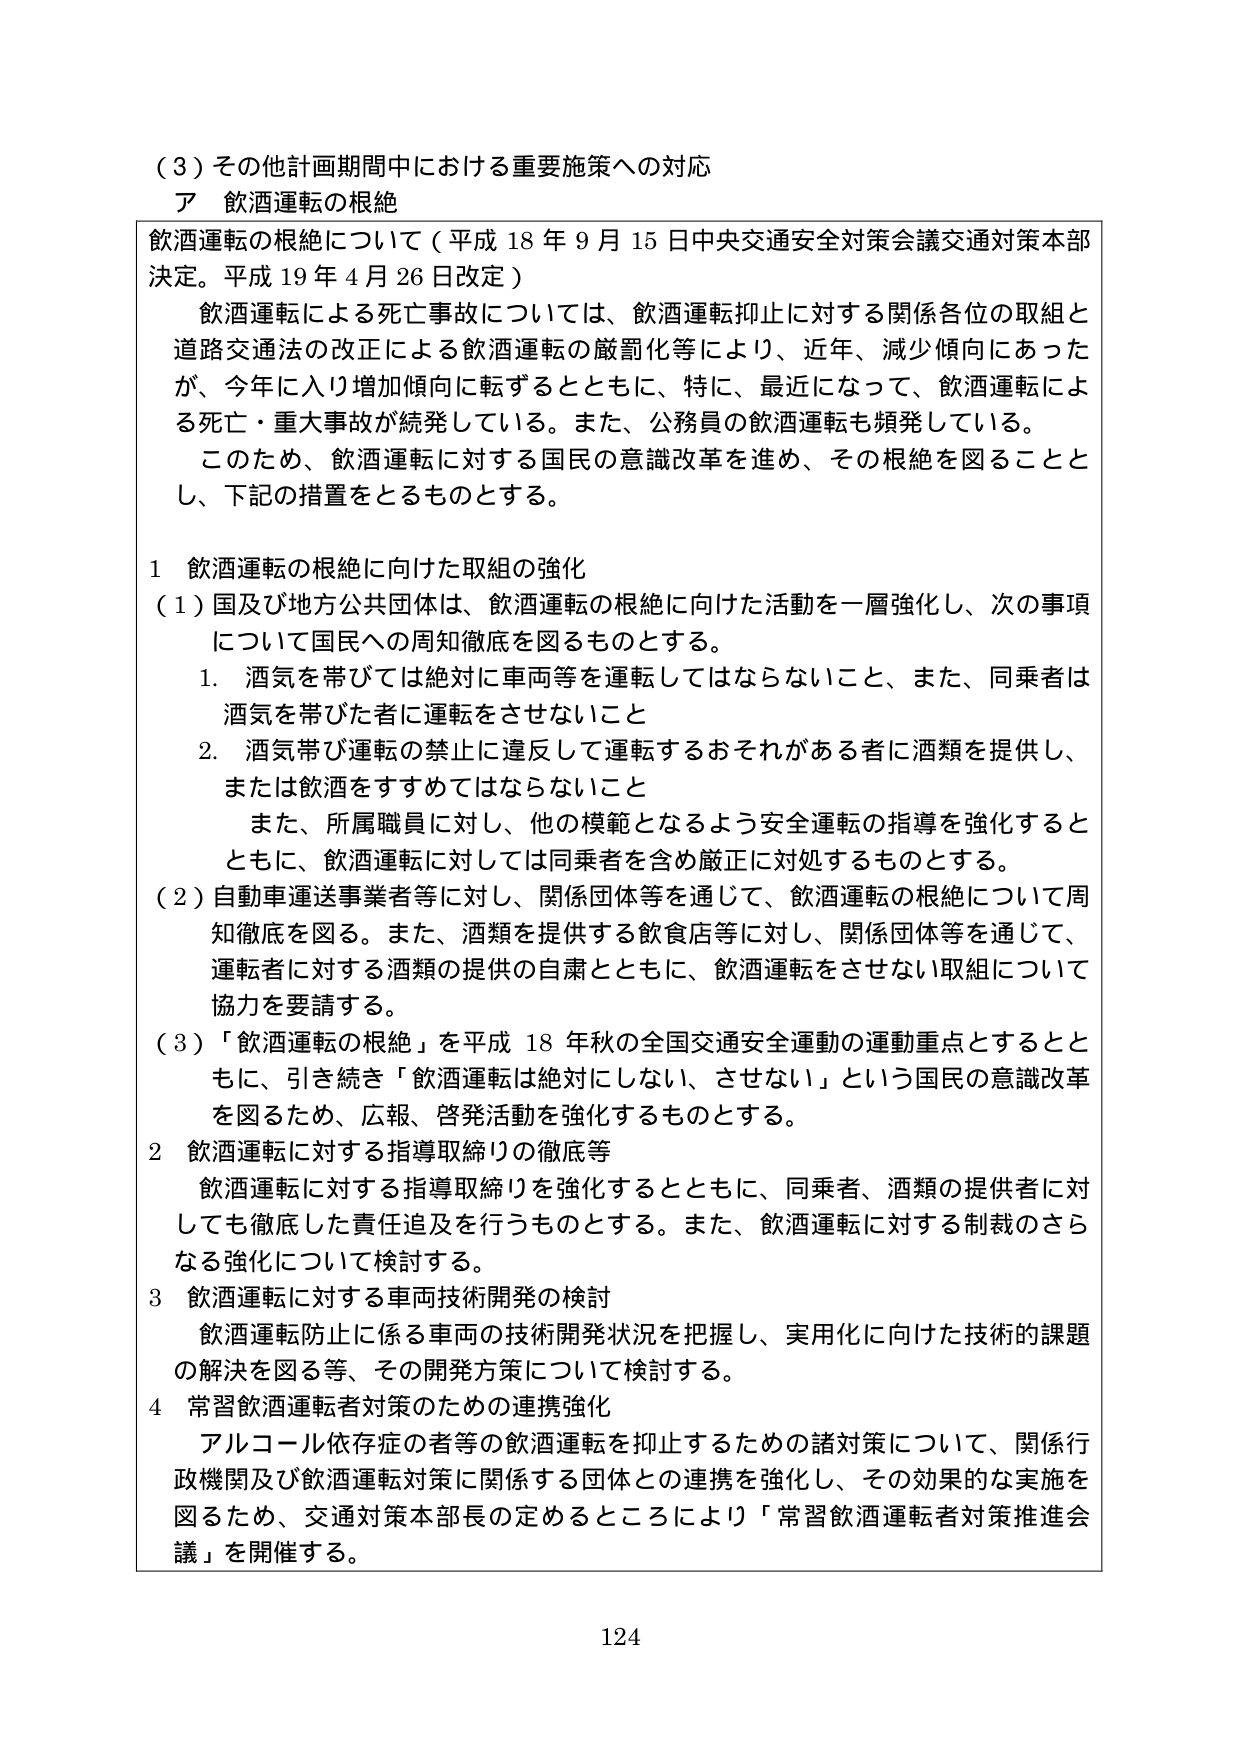
（３）その他計画期間中における重要施策への対応
ア 飲酒運転の根絶

飲酒運転の根絶について（平成18年9月15日中央交通安全対策会議交通対策本部決定。平成19年4月26日改定）

　飲酒運転による死亡事故については、飲酒運転抑止に対する関係各位の取組と道路交通法の改正による飲酒運転の厳罰化等により、近年、減少傾向にあったが、今年に入り増加傾向に転ずるとともに、特に、最近になって、飲酒運転による死亡・重大事故が続発している。また、公務員の飲酒運転も頻発している。

　このため、飲酒運転に対する国民の意識改革を進め、その根絶を図ることとし、下記の措置をとるものとする。

１ 飲酒運転の根絶に向けた取組の強化
（１）国及び地方公共団体は、飲酒運転の根絶に向けた活動を一層強化し、次の事項について国民への周知徹底を図るものとする。
　　１．酒気を帯びては絶対に車両等を運転してはならないこと、また、同乗者は酒気を帯びた者に運転をさせないこと
　　２．酒気帯び運転の禁止に違反して運転するおそれがある者に酒類を提供し、または飲酒をすすめてはならないこと
　　　また、所属職員に対し、他の模範となるよう安全運転の指導を強化するとともに、飲酒運転に対しては同乗者を含め厳正に対処するものとする。
（２）自動車運送事業者等に対し、関係団体等を通じて、飲酒運転の根絶について周知徹底を図る。また、酒類を提供する飲食店等に対し、関係団体等を通じて、運転者に対する酒類の提供の自粛とともに、飲酒運転をさせない取組について協力を要請する。
（３）「飲酒運転の根絶」を平成18年秋の全国交通安全運動の運動重点とするとともに、引き続き「飲酒運転は絶対にしない、させない」という国民の意識改革を図るため、広報、啓発活動を強化するものとする。

２ 飲酒運転に対する指導取締りの徹底等
　飲酒運転に対する指導取締りを強化するとともに、同乗者、酒類の提供者に対しても徹底した責任追及を行うものとする。また、飲酒運転に対する制裁のさらなる強化について検討する。

３ 飲酒運転に対する車両技術開発の検討
　飲酒運転防止に係る車両の技術開発状況を把握し、実用化に向けた技術的課題の解決を図る等、その開発方策について検討する。

４ 常習飲酒運転者対策のための連携強化
　アルコール依存症の者等の飲酒運転を抑止するための諸対策について、関係行政機関及び飲酒運転対策に関係する団体との連携を強化し、その効果的な実施を図るため、交通対策本部長の定めるところにより「常習飲酒運転者対策推進会議」を開催する。

124